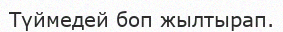
Түймедей боп жылтырап.